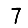
Digit: 7